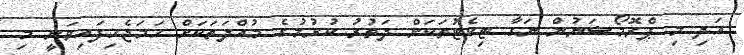
އަދި މި ޕްރޮމޯޝަނުން ނަގާ ޓިކެޓުތަކަށް ދަތުރު ކުރުމުގެ މުއްދަތަކަށް ހަމަޖެހިފައިވަނީ މި